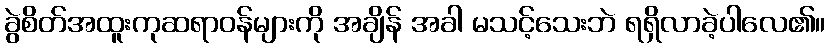
ခွဲစိတ်အထူးကုဆရာဝန်များကို အချိန် အခါ မသင့်သေးဘဲ ရရှိလာခဲ့ပါလေ၏။